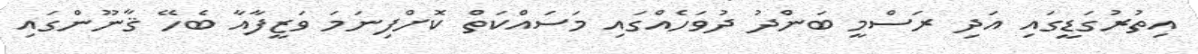
އިތުރުގަޑީގައި އަދި ރަސްމީ ބަންދު ދުވަހެއްގައި މަސައްކަތް ކޮށްފިނަމަ ވަޒީފާއާ ބެހޭ ޤާނޫންގައި